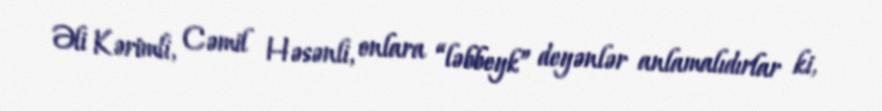
Əli Kərimli, Cəmil Həsənli, onlara “ləbbeyk” deyənlər anlamalıdırlar ki,